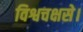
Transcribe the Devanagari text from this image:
विश्वचक्षसे।